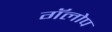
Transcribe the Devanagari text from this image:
गॅलोप